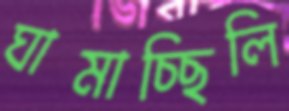
ঘামাচ্ছিলি